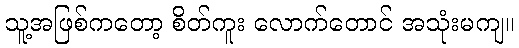
သူ့အဖြစ်ကတော့ စိတ်ကူး လောက်တောင် အသုံးမကျ။